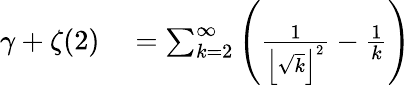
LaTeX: \begin{array}{rl}{\gamma+\zeta(2)}&{{}=\sum_{k=2}^{\infty}\left({\frac{1}{\left\lfloor{\sqrt{k}}\right\rfloor^{2}}}-{\frac{1}{k}}\right)}\end{array}